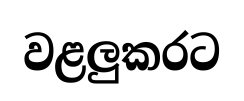
වළලුකරට